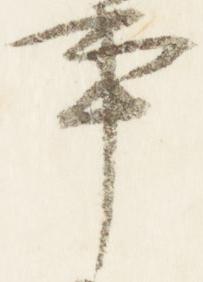
事